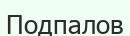
Подпалов